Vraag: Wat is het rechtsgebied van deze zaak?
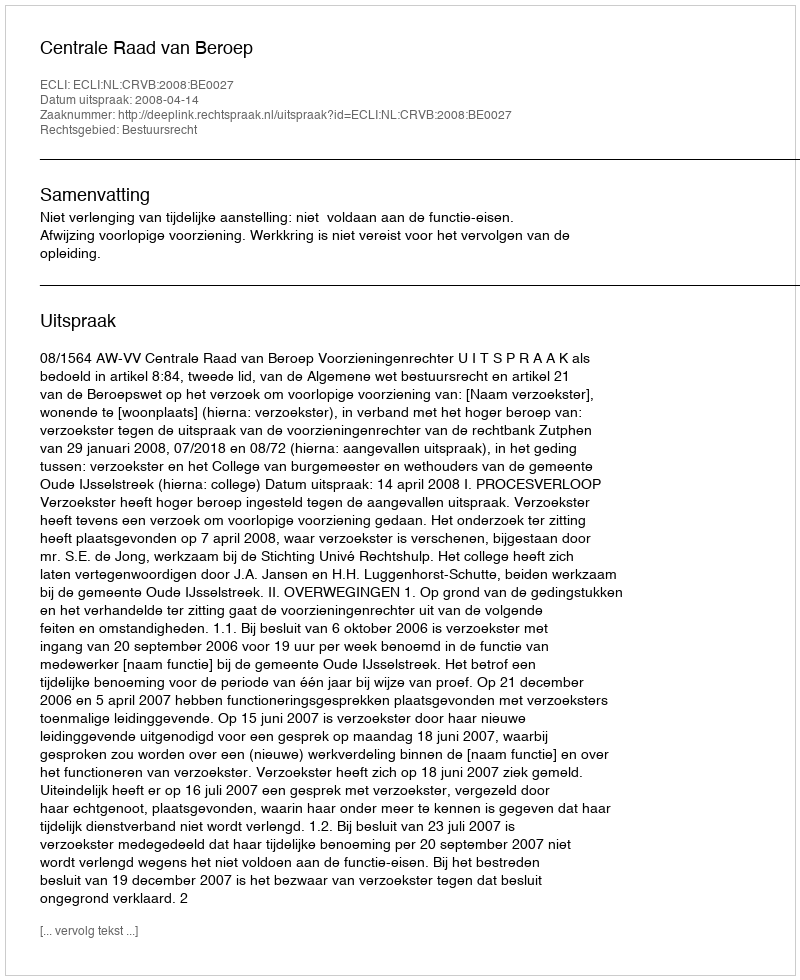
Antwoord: Bestuursrecht